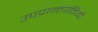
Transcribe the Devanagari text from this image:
उपप्रान्तपतियों